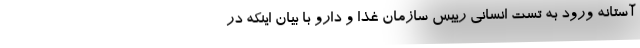
آستانه ورود به تست انسانی رییس سازمان غذا و دارو با بیان اینکه در